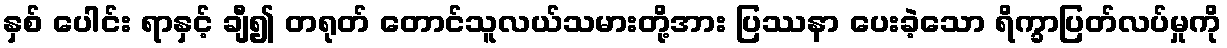
နှစ် ပေါင်း ရာနှင့် ချီ၍ တရုတ် တောင်သူလယ်သမားတို့အား ပြဿနာ ပေးခဲ့သော ရိက္ခာပြတ်လပ်မှုကို